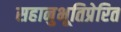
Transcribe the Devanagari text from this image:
सहानुभूतिप्रेरित